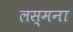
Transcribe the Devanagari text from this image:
लस्मना